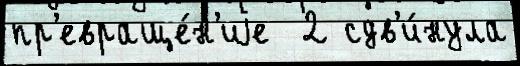
пр'евраще́н'иjе  2 сдв'и́нула